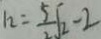
h = \frac { 5 } { 2 } \sqrt { 2 } - 2